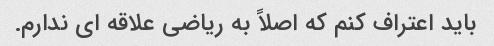
باید اعتراف کنم که اصلاً به ریاضی علاقه ای ندارم.